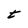
Character: t